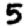
Digit: 5